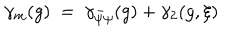
LaTeX: \gamma _ { m } ( g ) ~ = ~ \gamma _ { \bar { \psi } \psi } ( g ) + \gamma _ { 2 } ( g , \xi )